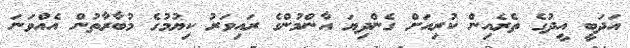
އަދަބީ އީދުގެ ތެރެއިން ކުރިއަށް ގެންދިޔަ އާންމުންގެ ރައިވަރު ކިޔުމުގެ މުބާރާތުން އެއްވަނަ